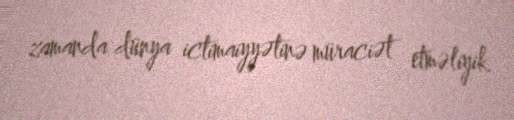
zamanda dünya ictimaiyyətinə müraciət etməliyik.